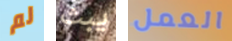
لم يبث العمل